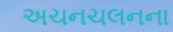
અચનચલનના